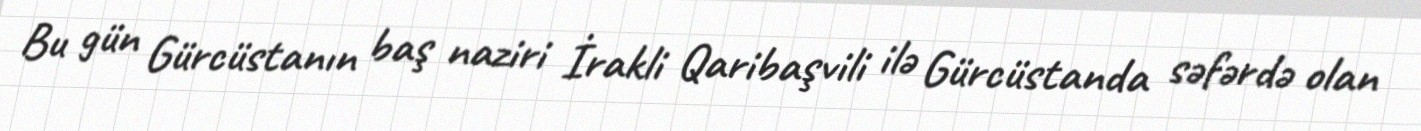
Bu gün Gürcüstanın baş naziri İrakli Qaribaşvili ilə Gürcüstanda səfərdə olan